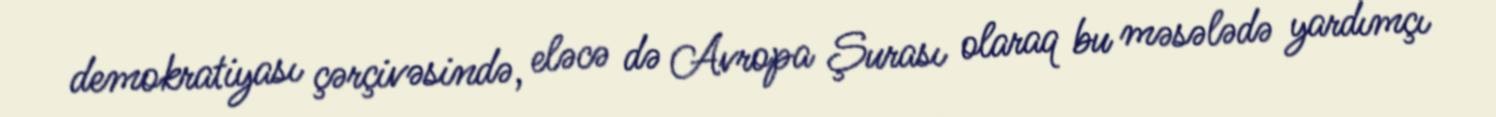
demokratiyası çərçivəsində, eləcə də Avropa Şurası olaraq bu məsələdə yardımçı